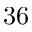
3 6